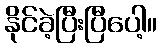
နိုင်ခဲ့ပြီးပြီပေါ့။